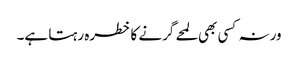
ورنہ کسی بھی لمحے گرنے کا خطرہ رہتا ہے۔